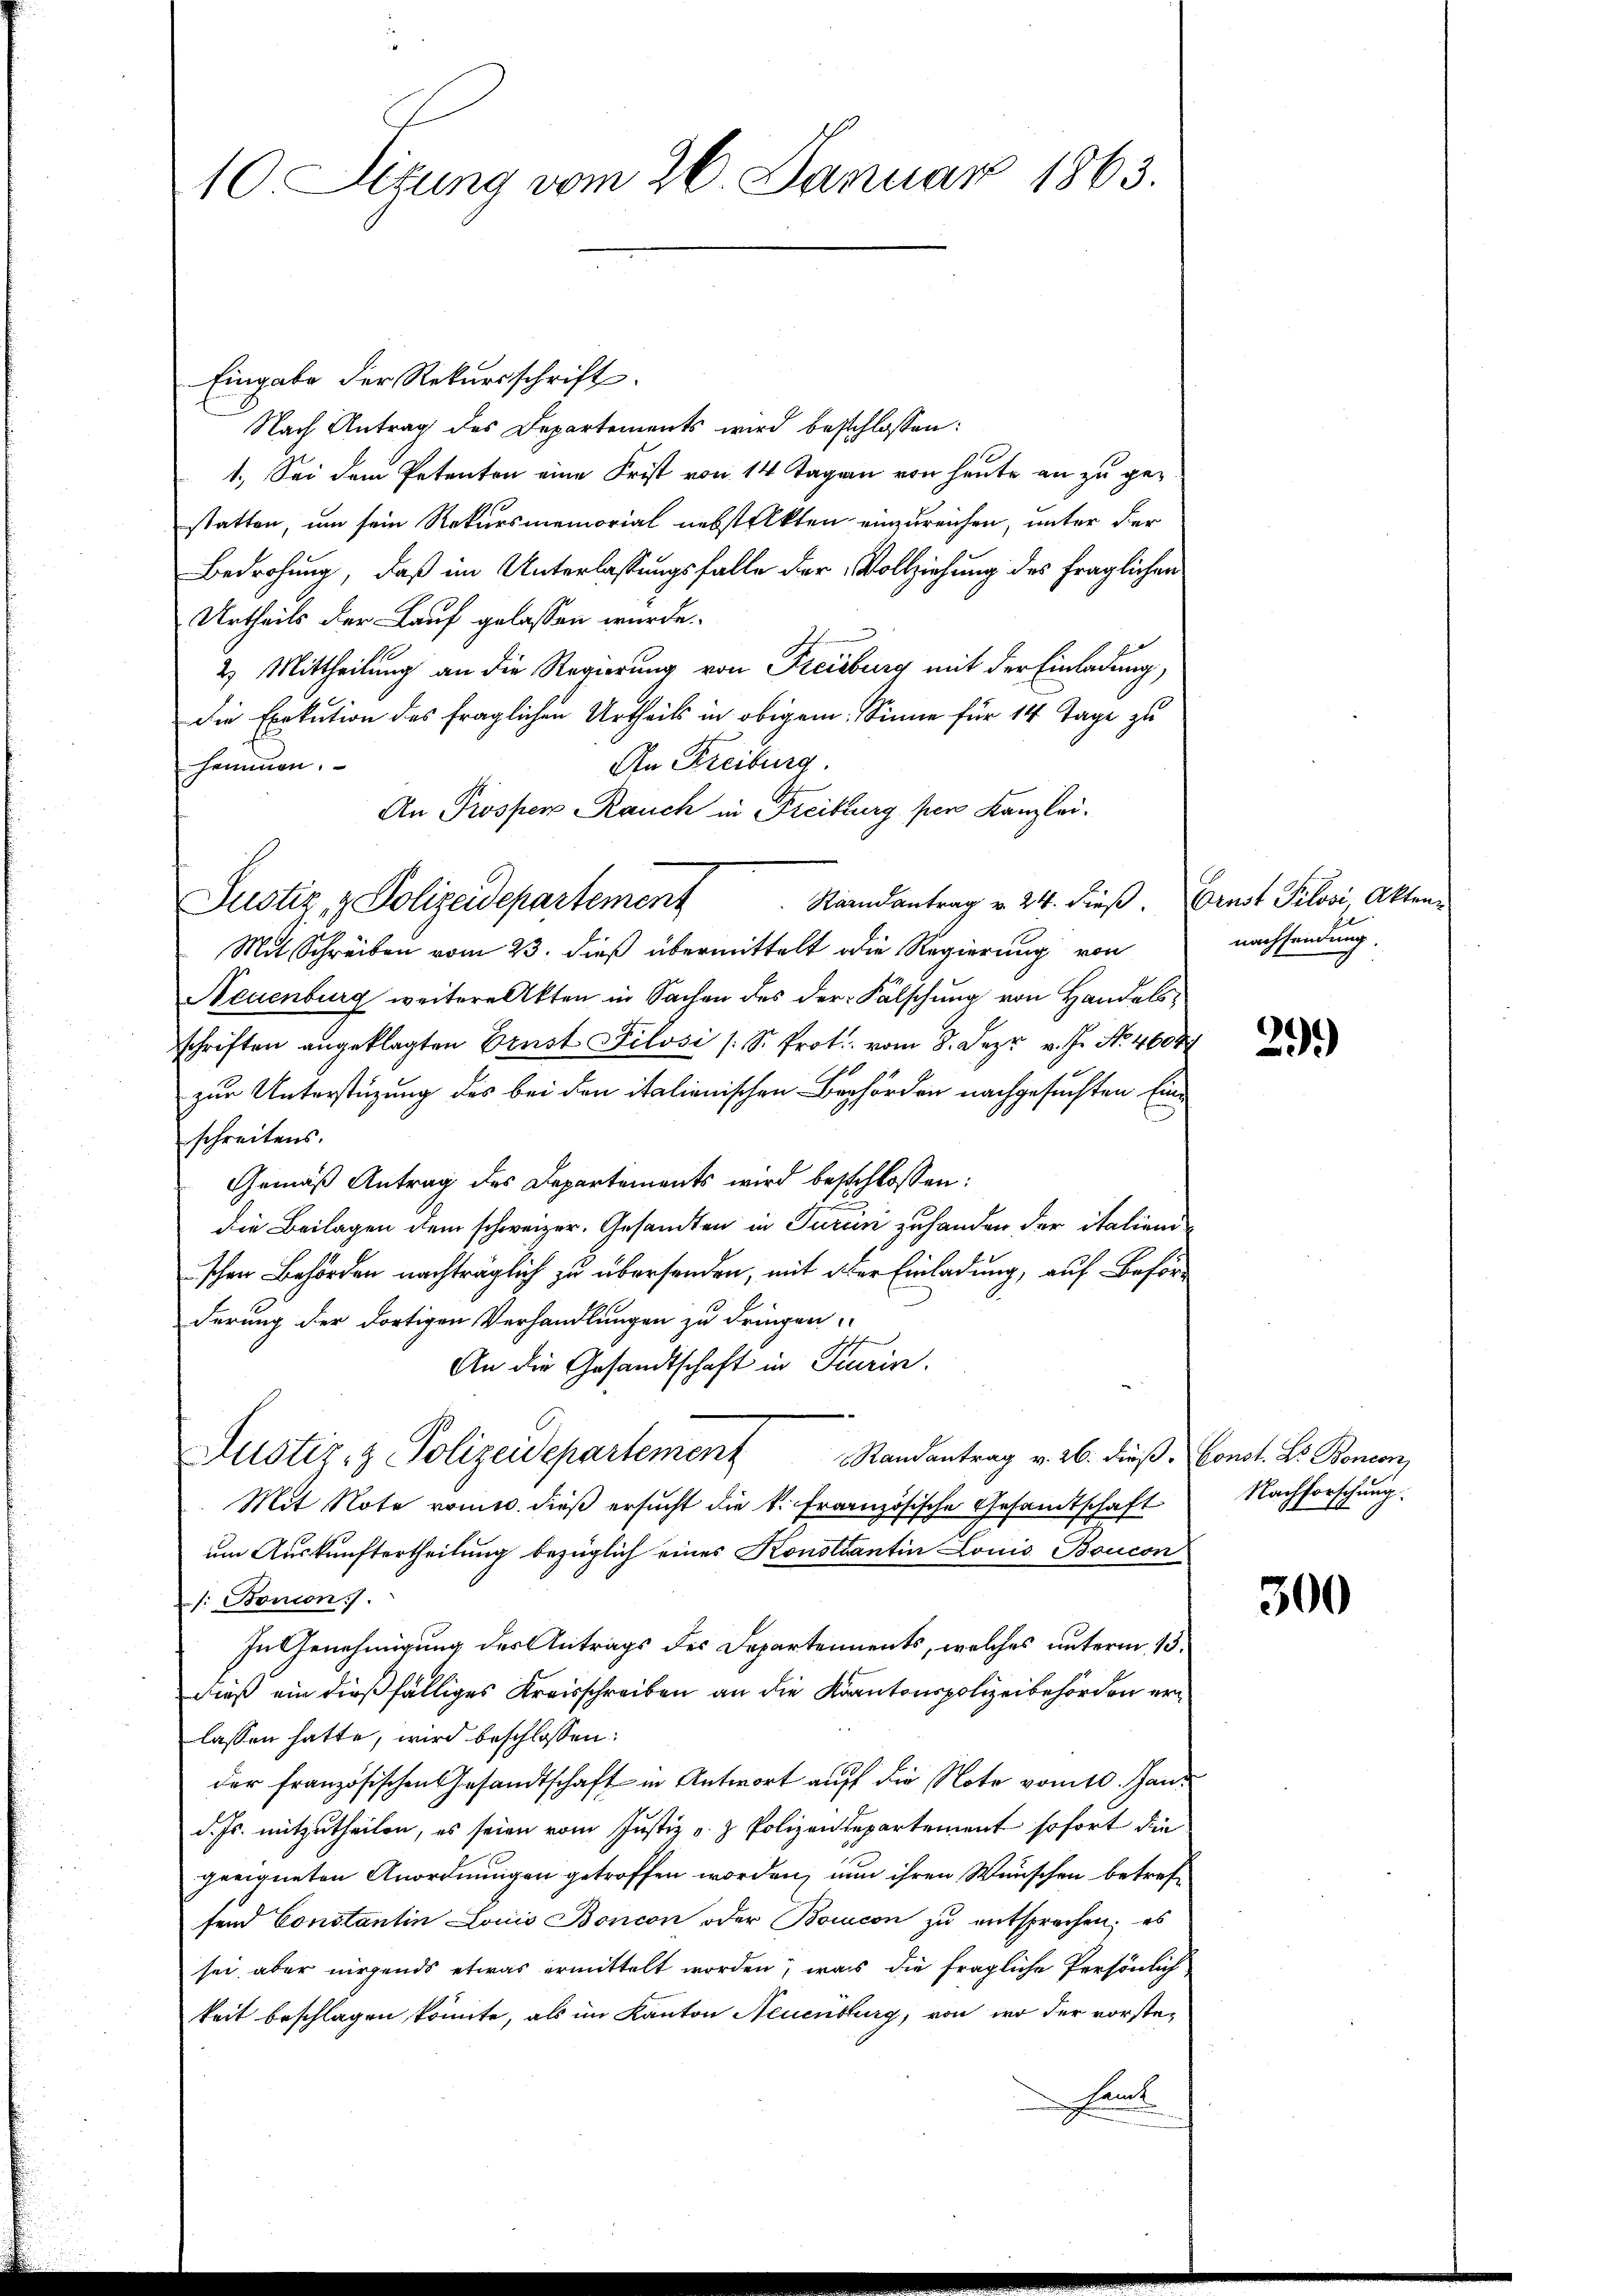
10 Situng vom 26. Januar 1863.

Eingabe der Rekursschrift.
Nach Antrag des Departements wird beschlossen:
1. Sei dem Petenten eine Frist von 14 Tagen von heute an zu gestatten, um sein Rekursmemorial nebstekten einzureichen, unter der
Bedrohung, daß im Unterlassungsfalle der Vollziehung des fraglichen
Urtheils der Lauf gelassen wurde.
2) Mittheilung an die Regierung von Freiburg mit der Einladung,
die Exekution des fraglichen Urtheils in obigem Sinne für 14 Tage zu
An Freiburg
hammen.
An Prosper auch in Freiburg per Kanzlei.
Kaandantrag v. 24. dieß. Ernst Pilovi Akten-
Mit Schreiben vom 23. dieß übermittelt die Regierung von
Neuenburg weitere Akten in Sachen des der Fälschung von Handelsschriften angeklagten Ernst Filosi s. S. Prot. vom 8. Jezr. v. J. No. 4608
zur Unterstützung des bei den italienischen Behörden nachgesuchten Eine
schreitens.
Gemäß Antrag des Departements wird beschlossen:
die Beilagen dem schweizer, Gesandten in Turin zuhanden der italiend
schen Behörden nachträglich zu übersenden, mit der Einladung, auf Beförderung der dortigen Verhandlungen zu dringen.
An die Gesandtschaft in Turin.
Austiz- & Polizeidepartement
Randantrag v. 26. dieß Const. Dr. Boneon,
Mit Note vom. dieß ersucht die k. französische Gesamtschaft
um Auskunftertheilung bezüglich eines Konstantin Louis Boucon
/: Bonion).
In Genehmigung des Antrags des Departements, welches unterm 13.
dieß ein dießfälliges Kreisschreiben an die Kantonspolizeibehörden erlassen hatte, wird beschlossen:
der französischen Gesandtschaft in Antwort auf die Note vom 10. Jan.
d. Js. mitzutheilen, es seien vom Justiz v. Polizendepartement sofort die
geeigneten Anordnungen getroffen worden, nun ihren Wünschen betrefsend Constantin Louis Boncon oder Boicon zŭ entsprochen; es
sei aber nirgends etwas ermittelt worden, was die fragliche Persönlich
keit beschlagen könnte, als im Kanton Neuenburg, von wo der vorste¬
Hamt

Justiz & Polizeidepartement

nachsendung

29.)

Nachforschung.

300